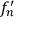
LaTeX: f _ { n } ^ { \prime }